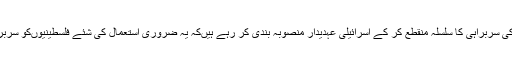
بیک وقت پانی کی سربراہی کا سلسلہ منقطع کر کے اسرائیلی عہدیدار منصوبہ بندی کر رہے ہیںکہ یہ ضروری استعمال کی شئے فلسطینیوںکو سربراہ نہ کی جائے۔